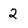
Character: 2